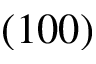
( 1 0 0 )